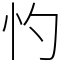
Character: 㣿